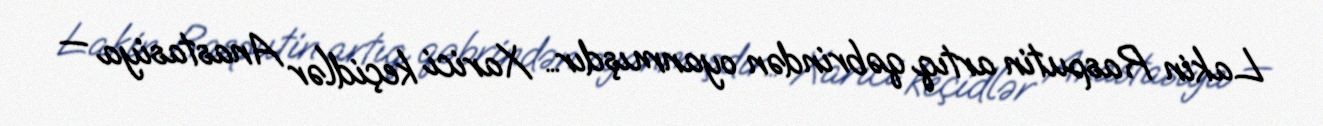
Lakin Rasputin artıq qəbrindən oyanmışdır… Xarici keçidlər Anastasiya —